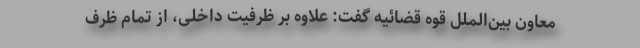
معاون بین‌الملل قوه قضائیه گفت: علاوه بر ظرفیت داخلی، از تمام ظرف